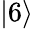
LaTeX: \left\lvert 6\right\rangle